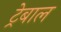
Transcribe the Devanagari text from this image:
ट्रेबाल